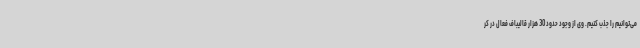
می‌توانیم را جذب کنیم. وی از وجود حدود 30 هزار قالیباف فعال در کر